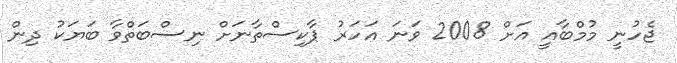
ޖެހުނީ މުމްބާއީ އަށް 2008 ވަނަ އަހަރު ޕާކިސްތާނަށް ނިސްބަތްވާ ބަޔަކު ދިން